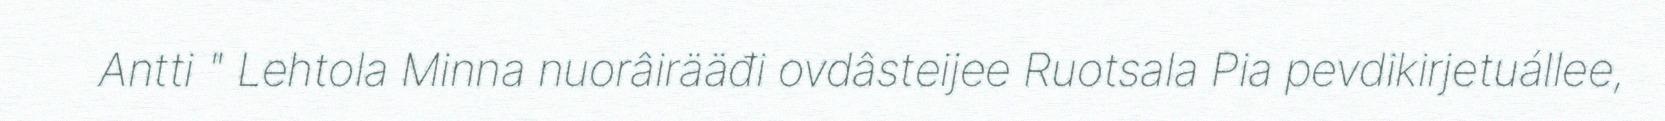
Antti " Lehtola Minna nuorâirääđi ovdâsteijee Ruotsala Pia pevdikirjetuállee,